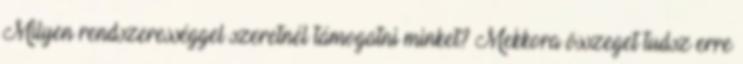
Milyen rendszerességgel szeretnél támogatni minket? Mekkora összeget tudsz erre